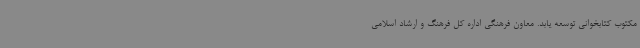
مکتوب کتابخوانی توسعه یابد. معاون فرهنگی اداره کل فرهنگ و ارشاد اسلامی